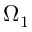
\Omega _ { 1 }